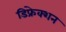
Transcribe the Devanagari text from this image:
डिफ्रेक्शन